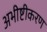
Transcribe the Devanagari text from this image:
अभीष्टीकरण